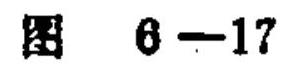
图 6—17